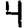
Digit: 4